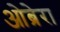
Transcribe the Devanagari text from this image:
ओब्रेरा